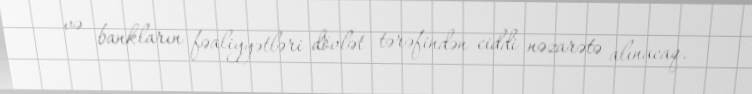
və bankların fəaliyyətləri dövlət tərəfindən ciddi nəzarətə alınacaq.